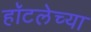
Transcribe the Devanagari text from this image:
हॉटलेच्या